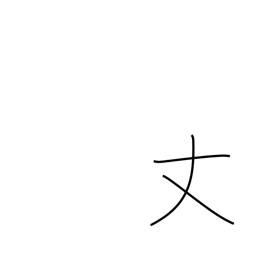
Meaning: only